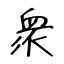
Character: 衆